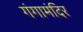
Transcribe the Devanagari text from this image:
गंगामंदिर